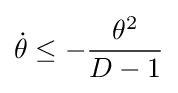
{\dot {\theta }}\leq -{\frac {\theta ^{2}}{D-1}}